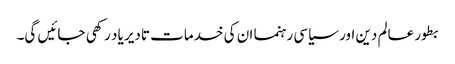
بطور عالم دین اور سیاسی رہنما ان کی خدمات تادیر یاد رکھی جائیں گی۔